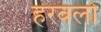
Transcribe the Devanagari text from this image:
हरवलो